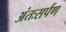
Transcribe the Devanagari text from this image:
अंतःसर्पण